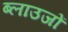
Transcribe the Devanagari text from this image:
ब्लाउजों